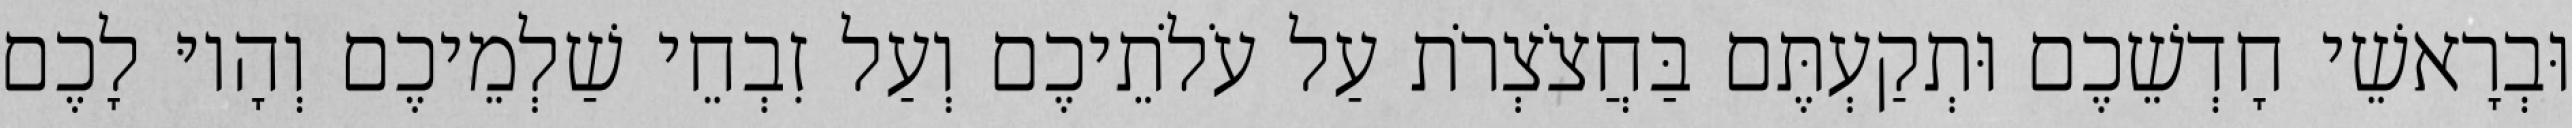
וּבְרָאשֵׁי חָדְשֵׁכֶם וּתְקַעְתֶּם בַּחֲצֹצְרֹת עַל עֹלֹתֵיכֶם וְעַל זִבְחֵי שַׁלְמֵיכֶם וְהָיוּ לָכֶם